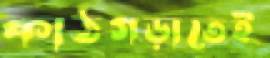
কাঠগড়াতেই